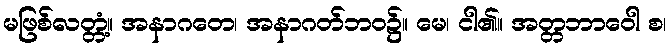
မဖြစ်လတ္တံ့။ အနာဂတေ၊ အနာဂတ်ဘဝ၌။ မေ၊ ငါ၏။ အတ္တဘာဝေါ စ၊